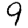
Digit: 9